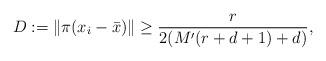
LaTeX: \begin{align*}D:=\|\pi(x_i-\bar x)\|\ge\frac{r}{2(M'(r+d+1)+d)},\end{align*}